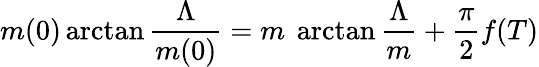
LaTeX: m(0)\arctan\frac{\Lambda}{m(0)}=m\ \arctan\frac{\Lambda}{m}+\frac{\pi}{2}f(T)